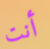
أنت